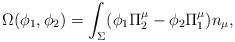
LaTeX: \begin{align*}\Omega(\phi_1,\phi_2)= \int_{\Sigma} (\phi_1 \Pi^\mu_2 - \phi_2 \Pi^\mu_1) n_\mu,\end{align*}